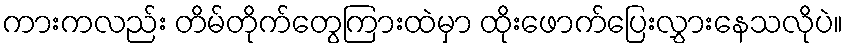
ကားကလည်း တိမ်တိုက်တွေကြားထဲမှာ ထိုးဖောက်ပြေးလွှားနေသလိုပဲ။